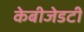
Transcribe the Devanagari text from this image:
केबीजेडटी